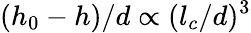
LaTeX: (h_{0}-h)/d\propto({l_{c}}/d)^{3}